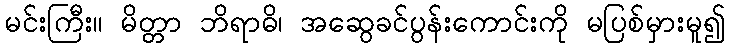
မင်းကြီး။ မိတ္တာ ဘိရာဓိ၊ အဆွေခင်ပွန်းကောင်းကို မပြစ်မှားမူ၍